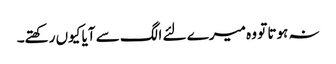
نہ ہوتا تو وہ میرے لئے الگ سے آیا کیوں رکھتے۔